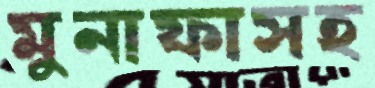
মুনাফাসহ